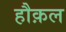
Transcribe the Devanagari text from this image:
हौक़ल